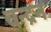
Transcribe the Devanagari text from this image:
चन्‍द्रन